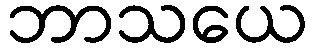
ဘာသယေ